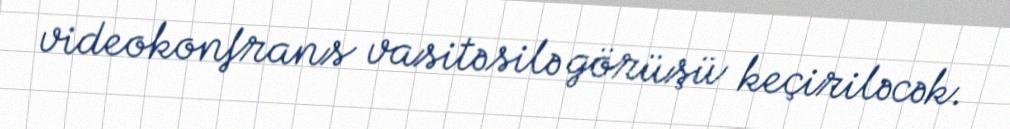
videokonfrans vasitəsilə görüşü keçiriləcək.